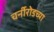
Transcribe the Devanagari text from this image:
चर्नीरोडच्या